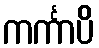
ကင်္ကာပိ